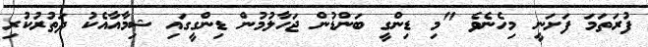
ފުރަތަމަ ފަށަނީ މިހެނެވެ "މި ޑިންގީ ބަންޑުން ޖަހާލުމުން ޑިންގީގައި ޝިމާއާއެކު ދަތުރުކުރި